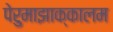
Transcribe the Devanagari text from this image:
पेरुमाझाक्कालम